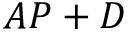
A P + D